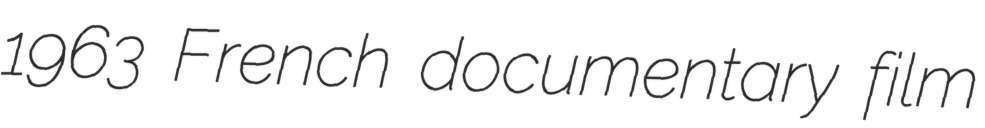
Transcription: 1963 French documentary film